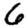
Digit: 6